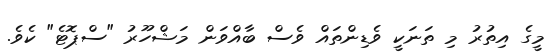
މީގެ އިތުރު މި ތަނަކީ ވެޑިންތައް ވެސް ބާއްވަން މަޝްހޫރު "ސްޕޮޓެ" ކެވެ.